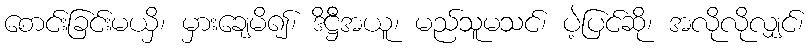
စောင်းခြင်းမယှိ၊ မှားချေမိ၍၊ ဒိဋ္ဌီအယူ၊ မည်သူမသင်၊ ပဲ့ပြင်ဆို၊ အလိုလိုလျှင်၊